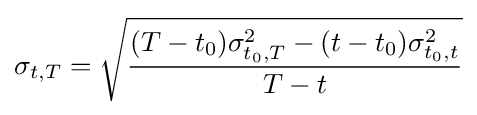
\sigma _{t,T}={\sqrt {\frac {(T-t_{0})\sigma _{t_{0},T}^{2}-(t-t_{0})\sigma _{t_{0},t}^{2}}{T-t}}}